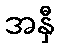
အနှီ